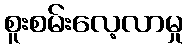
စူးစမ်းလေ့လာမှု